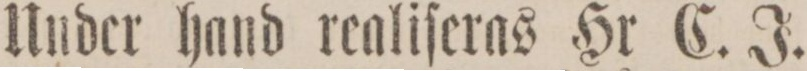
Under hand realiſeras Hr C. J.